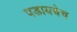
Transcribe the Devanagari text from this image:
पडायचेच